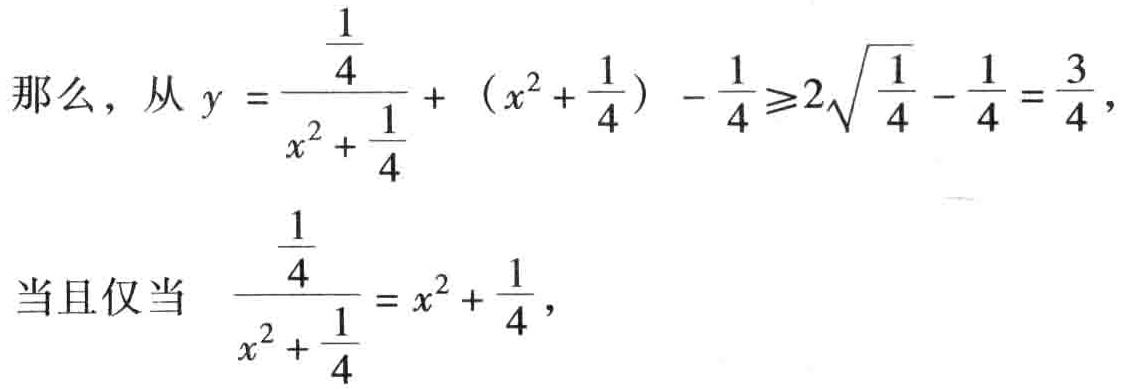
那么，从 \(y = \frac{\frac{1}{4}}{x^{2}+\frac{1}{4}} + (x^{2}+\frac{1}{4}) - \frac{1}{4} \geqslant 2\sqrt{\frac{1}{4}} - \frac{1}{4} = \frac{3}{4}\)，
当且仅当 \(\frac{\frac{1}{4}}{x^{2}+\frac{1}{4}} = x^{2}+\frac{1}{4}\)，